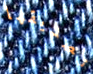
تصديقها